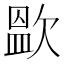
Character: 𭭑